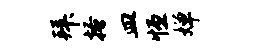
拜搔皿恒婵